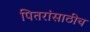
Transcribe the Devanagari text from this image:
पितरांसाठीच